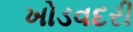
ખોડવદરી